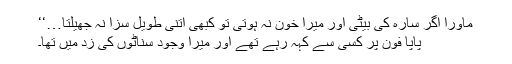
ماورا اگر سارہ کی بیٹی اور میرا خون نہ ہوتی تو کبھی اتنی طویل سزا نہ جھیلتا…‘‘
پاپا فون پر کسی سے کہہ رہے تھے اور میرا وجود سناٹوں کی زد میں تھا۔